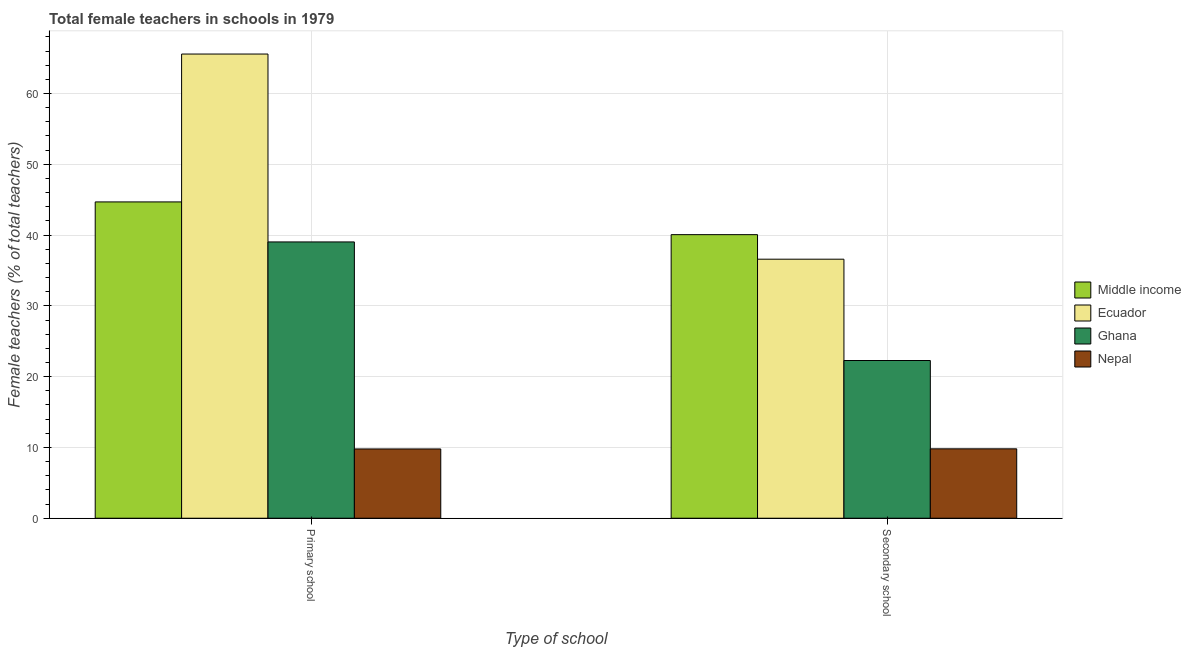
| Type of school | Middle income | Ecuador | Ghana | Nepal |
 | --- | --- | --- | --- | --- |
 | Primary school | 44.7 | 65.6 | 39 | 9.79 |
 | Secondary school | 40.1 | 36.6 | 22.3 | 9.8 |